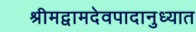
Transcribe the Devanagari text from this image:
श्रीमद्वामदेवपादानुध्यात